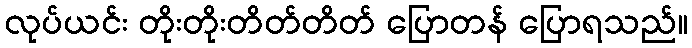
လုပ်ယင်း တိုးတိုးတိတ်တိတ် ပြောတန် ပြောရသည်။